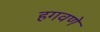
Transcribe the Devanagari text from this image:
हगवणे